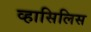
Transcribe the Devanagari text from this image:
व्हासिलिस